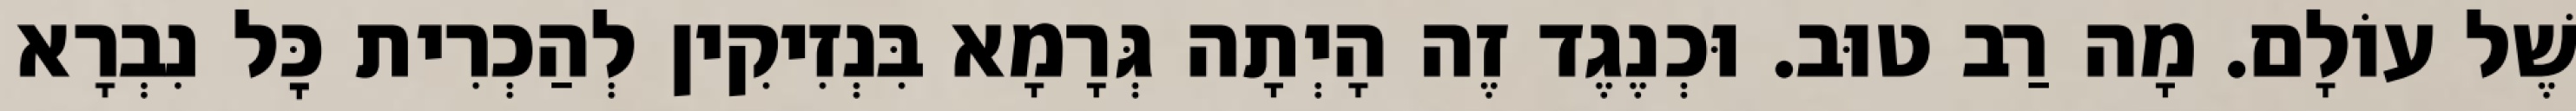
שֶׁל עוֹלָם. מָה רַב טוּב. וּכְנֶגֶד זֶה הָיְתָה גְּרָמָא בִּנְזִיקִין לְהַכְרִית כׇּל נִבְרָא